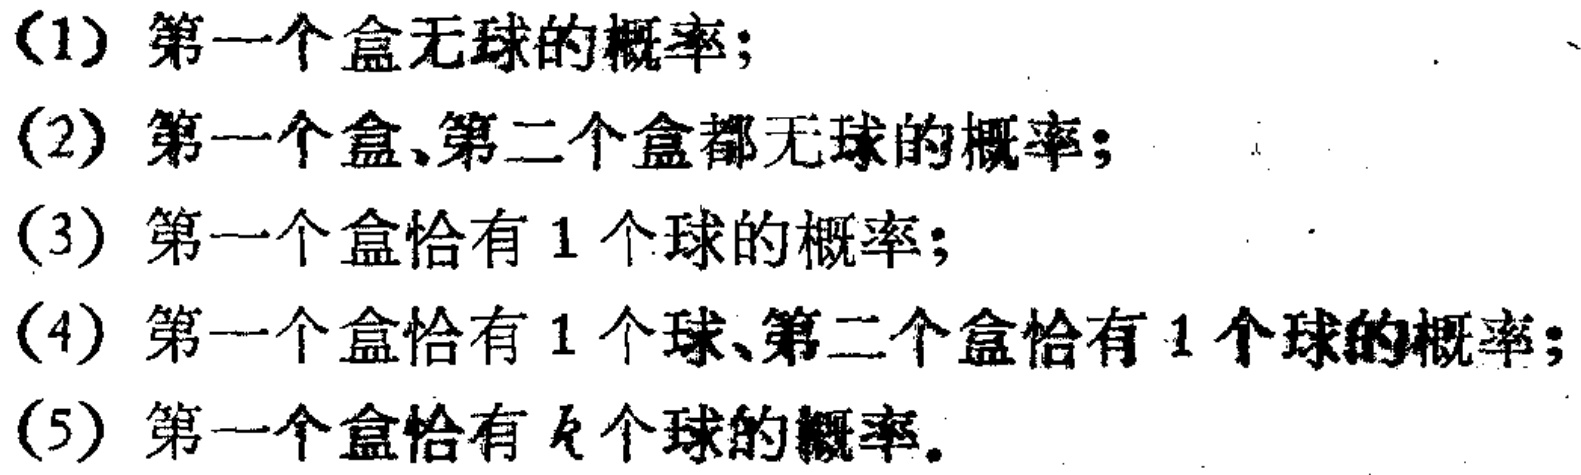
(1) 第一个盒无球的概率;

(2) 第一个盒、第二个盒都无球的概率;

(3) 第一个盒恰有 1 个球的概率;

(4) 第一个盒恰有 1 个球、第二个盒恰有 1 个球的概率;

(5) 第一个盒恰有 \(k\) 个球的概率.